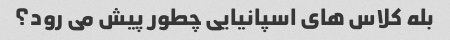
بله کلاس های اسپانیایی چطور پیش می رود؟